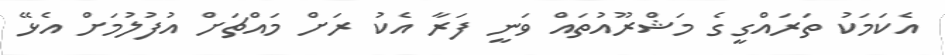
އެކަމަކު ތަރައްގީގެ މަޝްރޫއުތައް ވަނީ ފަރާ އެކު ރަށް މައްޗަށް އުފުލުމަށް އެޅޭ